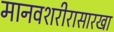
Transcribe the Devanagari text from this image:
मानवशरीरासारखा